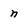
Character: n